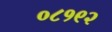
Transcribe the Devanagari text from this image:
०८१९२